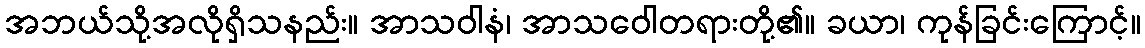
အဘယ်သို့အလိုရှိသနည်း။ အာသဝါနံ၊ အာသဝေါတရားတို့၏။ ခယာ၊ ကုန်ခြင်းကြောင့်။